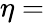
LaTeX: \eta=